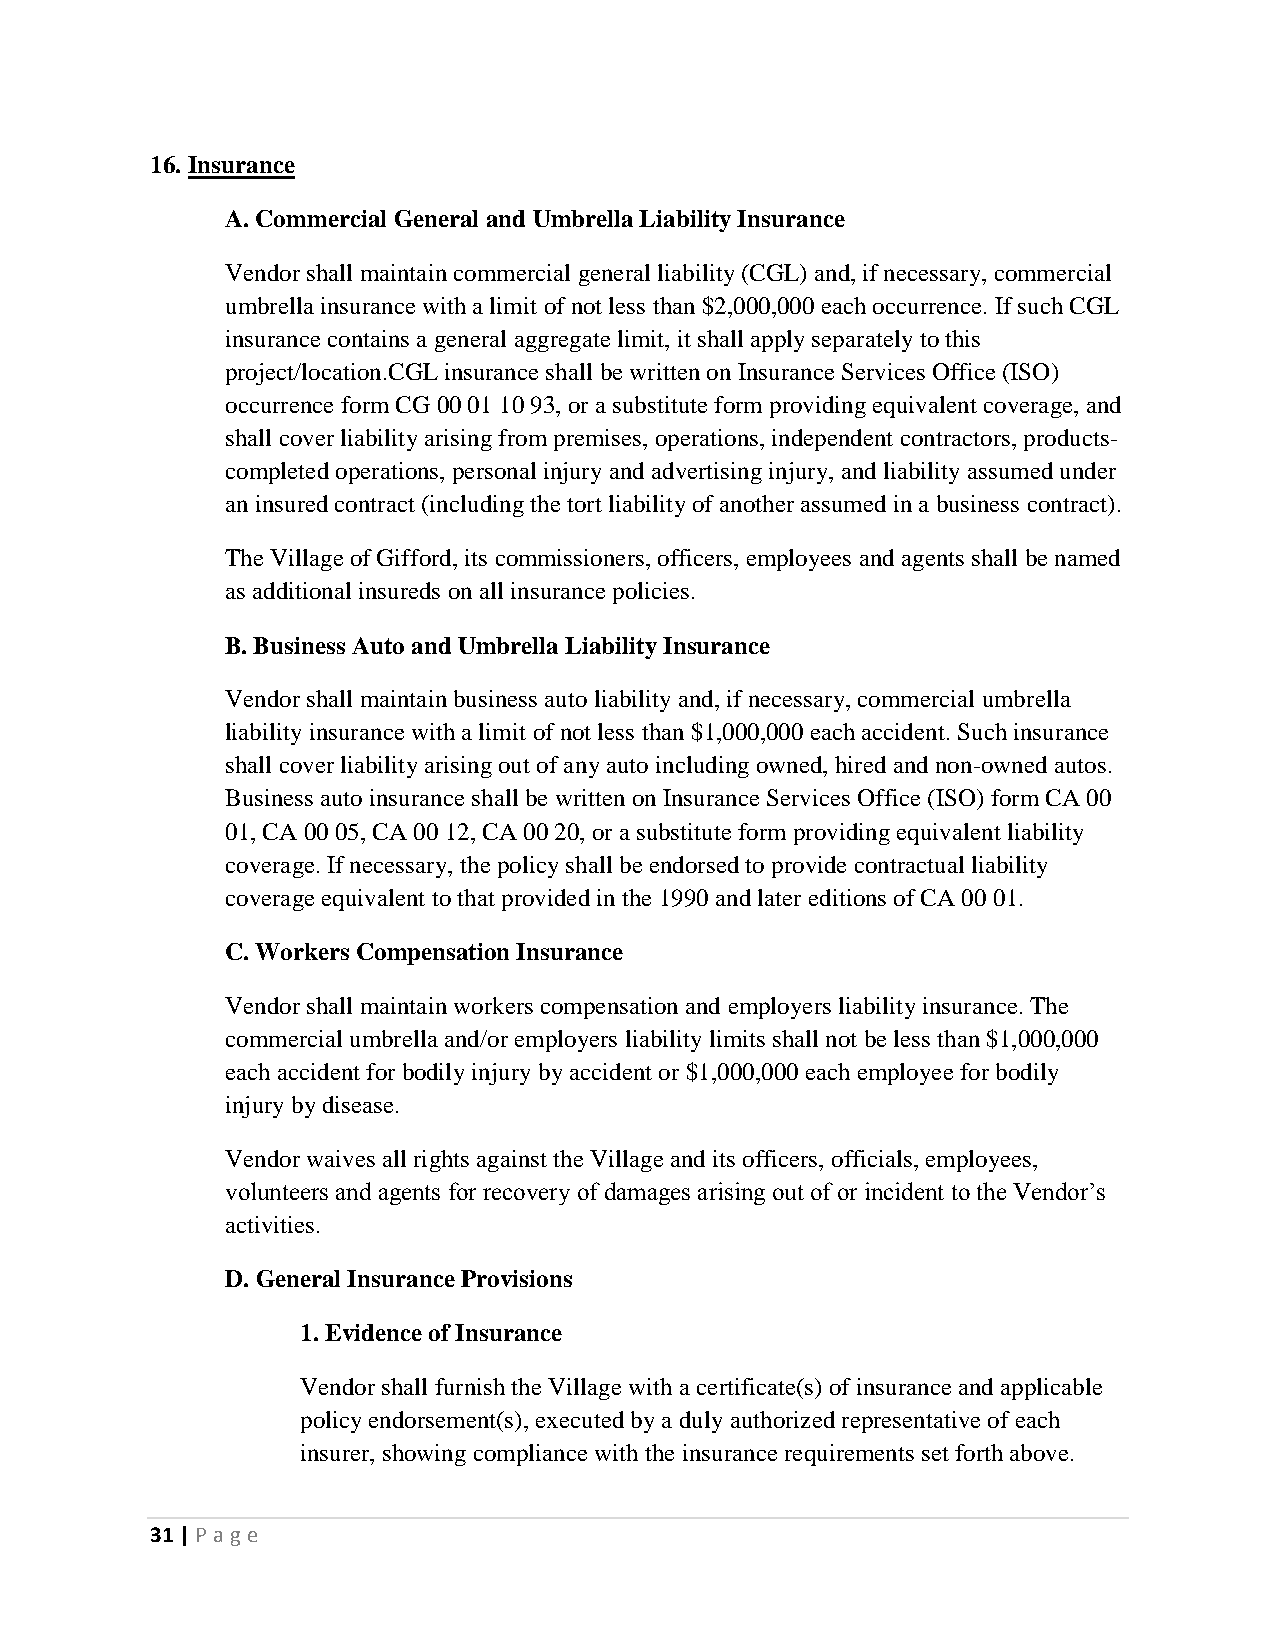
16. Insurance
 A. Commercial General and Umbrella Liability Insurance
 Vendor shall maintain commercial general liability (CGL) and, if necessary, commercial
 umbrella insurance with a limit of not less than $2,000,000 each occurrence. If such CGL
 insurance contains a general aggregate limit, it shall apply separately to this
 project/location.CGL insurance shall be written on Insurance Services Office (ISO)
 occurrence form CG 00 01 10 93, or a substitute form providing equivalent coverage, and
 shall cover liability arising from premises, operations, independent contractors, products-
 completed operations, personal injury and advertising injury, and liability assumed under
 an insured contract (including the tort liability of another assumed in a business contract).
 The Village of Gifford, its commissioners, officers, employees and agents shall be named
 as additional insureds on all insurance policies.
 B. Business Auto and Umbrella Liability Insurance
 Vendor shall maintain business auto liability and, if necessary, commercial umbrella
 liability insurance with a limit of not less than $1,000,000 each accident. Such insurance
 shall cover liability arising out of any auto including owned, hired and non-owned autos.
 Business auto insurance shall be written on Insurance Services Office (ISO) form CA 00
 01, CA 00 05, CA 00 12, CA 00 20, or a substitute form providing equivalent liability
 coverage. If necessary, the policy shall be endorsed to provide contractual liability
 coverage equivalent to that provided in the 1990 and later editions of CA 00 01.
 C. Workers Compensation Insurance
 Vendor shall maintain workers compensation and employers liability insurance. The
 commercial umbrella and/or employers liability limits shall not be less than $1,000,000
 each accident for bodily injury by accident or $1,000,000 each employee for bodily
 injury by disease.
 Vendor waives all rights against the Village and its officers, officials, employees,
 volunteers and agents for recovery of damages arising out of or incident to the Vendor’s
 activities.
 D. General Insurance Provisions
 1. Evidence of Insurance
 Vendor shall furnish the Village with a certificate(s) of insurance and applicable
 policy endorsement(s), executed by a duly authorized representative of each
 insurer, showing compliance with the insurance requirements set forth above.
 31 | P age